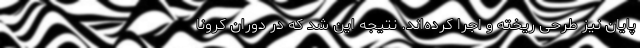
پایان نیز طرحی ریخته و اجرا کرده‌اند. نتیجه این شد که در دوران کرونا